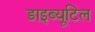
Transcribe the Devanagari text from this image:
डाइब्यूटिल